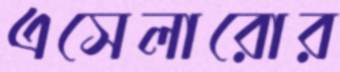
এসেলারোর